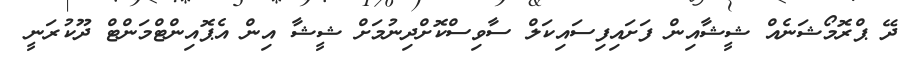
ދޭ ޕްރޮމޯޝަނެއް ޝީޝާއިން ފަށައިފިސައިކަލް ސާވިސްކޮށްދިނުމަށް ޝީޝާ އިން އެޕޮއިންޓްމަންޓް ދޫކުރަނީ